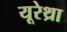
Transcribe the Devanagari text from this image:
यूरेथ्रा